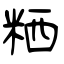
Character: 粞